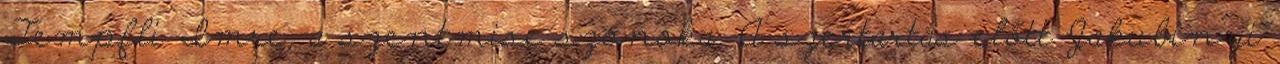
Tempfli Imre, a szentmise szónoka. A szertartás előtt Jakubinyi